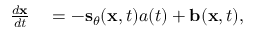
\begin{array} { r l } { \frac { d \mathbf { x } } { d t } } & { { } = - \mathbf { s } _ { \theta } ( \mathbf { x } , t ) a ( t ) + \mathbf { b } ( \mathbf { x } , t ) , } \end{array}